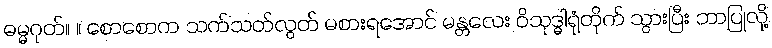
ဓမ္မဂုတ်။ ။ စောစောက သက်သတ်လွတ် မစားရအောင် မန္တလေး ဝိသုဒ္ဓါရုံတိုက် သွားပြီး ဘာပြုလို့